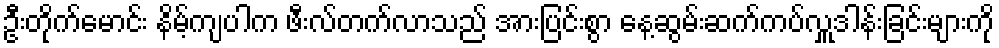
ဦးတိုက်မောင်း နိမ့်ကျပါက ဖီးလ်တက်လာသည် အားပြင်းစွာ နေ့ဆွမ်းဆက်ကပ်လှူဒါန်းခြင်းများကို